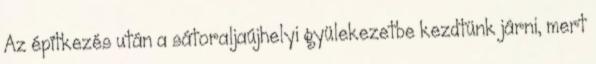
Az építkezés után a sátoraljaújhelyi gyülekezetbe kezdtünk járni, mert